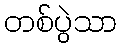
တစ်ပွဲသာ